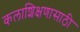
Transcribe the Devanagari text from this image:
कलाशिक्षणासाठी